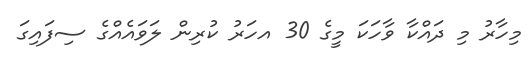
މިހާރު މި ދައްކާ ވާހަކަ މީގެ 30 އހަރު ކުރިން ލަވައެއްގެ ސިފައިގަ